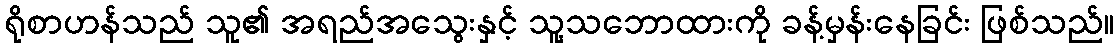
ရိုစာဟန်သည် သူ၏ အရည်အသွေးနှင့် သူ့သဘောထားကို ခန့်မှန်းနေခြင်း ဖြစ်သည်။